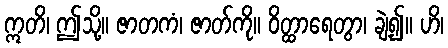
ဣတိ၊ ဤသို့။ ဇာတကံ၊ ဇာတ်ကို။ ဝိတ္ထာရေတွာ၊ ချဲ့၍။ ဟိ၊